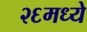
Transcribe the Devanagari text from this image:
२६मध्ये